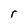
Character: r